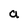
Character: a